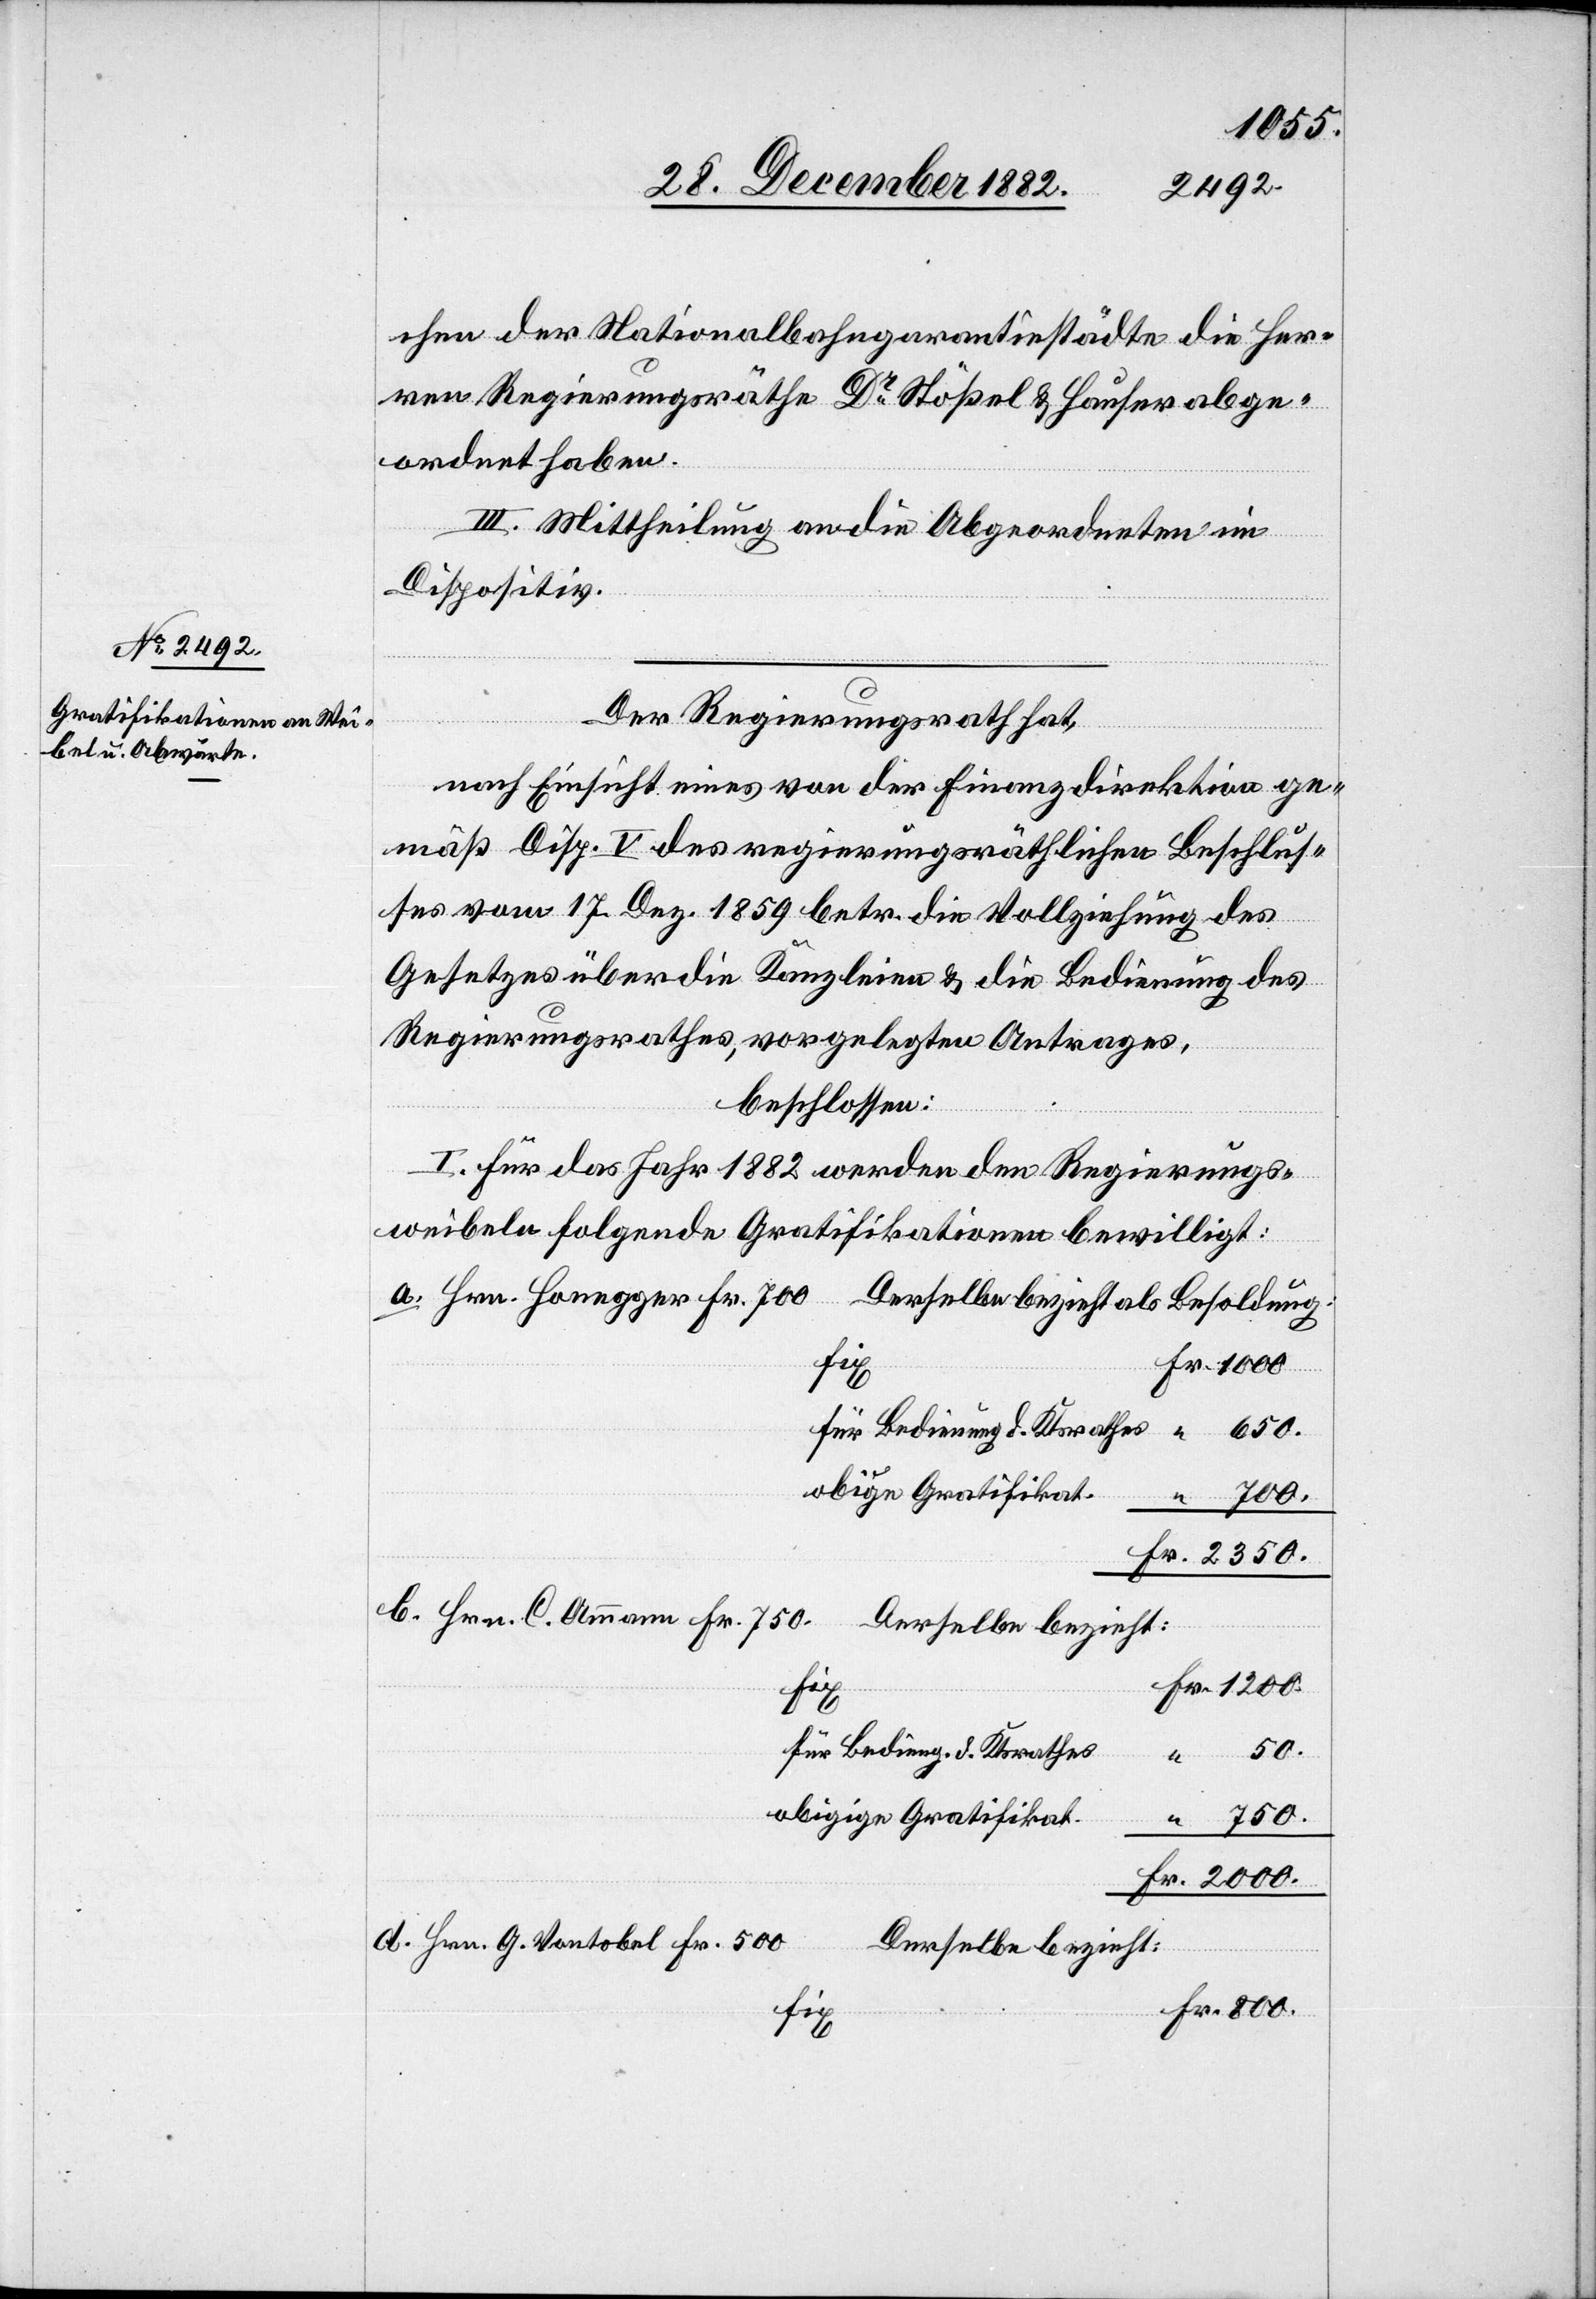
chen der Nationalbahngarantiestädte die Her¬
ren Regierungsräthe Dr Stößel & Hauser abge¬
ordnet haben.
III. Mittheilung an die Abgeordneten im
Dispositiv.
Gratifikat.
Der Regierungsrath hat,
nach Einsicht eines von der Finanzdirektion ge¬
mäß Disp. V. des regierungsräthlichen Beschlus¬
ses vom 17. Dez. 1859 betr. die Vollziehung des
Gesetzes über die Kanzleien & die Bedienung des
Regierungsrathes, vorgelegten Antrages,
beschlossen:
I. Für das Jahr 1882 werden den Regierungs¬
weibeln folgende Gratifikationen bewilligt:
a. Hrn. Honegger Fr. 700
Derselbe bezieht als Besoldung
fix
800.
für Bedienung d. Ktsrathes
obige Gratifikat.
700.
b. Hrn. C. Ammann Fr. 750.
Derselbe bezieht:
für Bedieng. d. Ktsrhes
50.
Fr.
Hrn G. Vontobel Fr. 500
Derselbe bezieht: